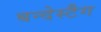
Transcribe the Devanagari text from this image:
बन्देस्टैग